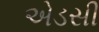
એડસી